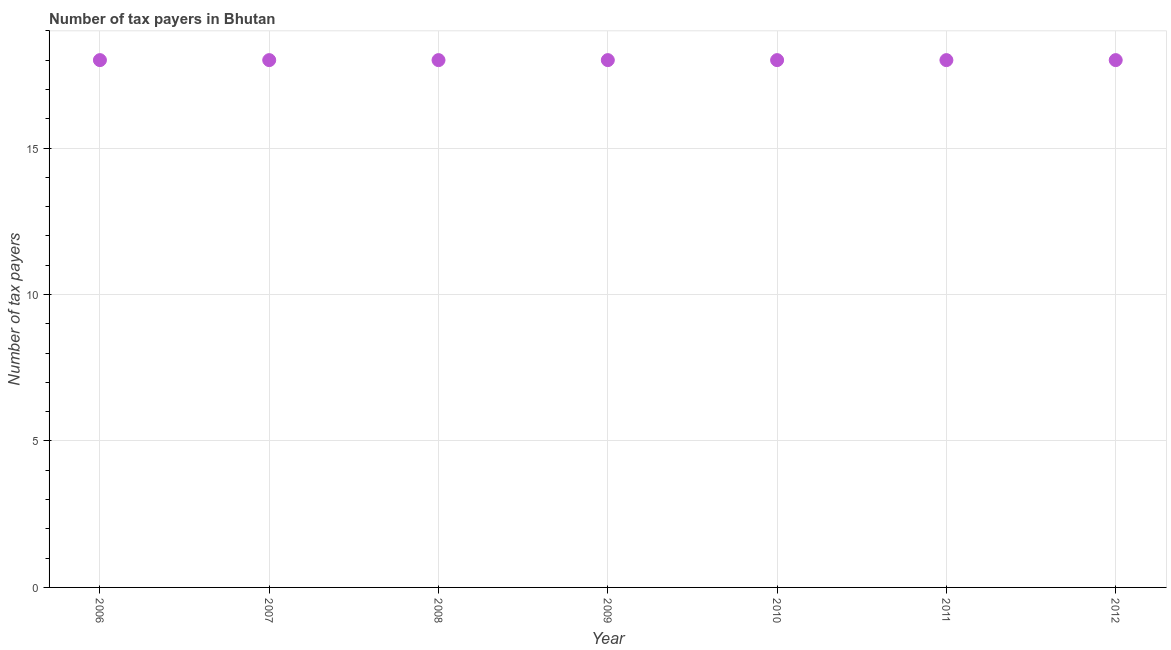
| Year | Tax payments |
 | --- | --- |
 | 2006 | 18 |
 | 2007 | 18 |
 | 2008 | 18 |
 | 2009 | 18 |
 | 2010 | 18 |
 | 2011 | 18 |
 | 2012 | 18 |